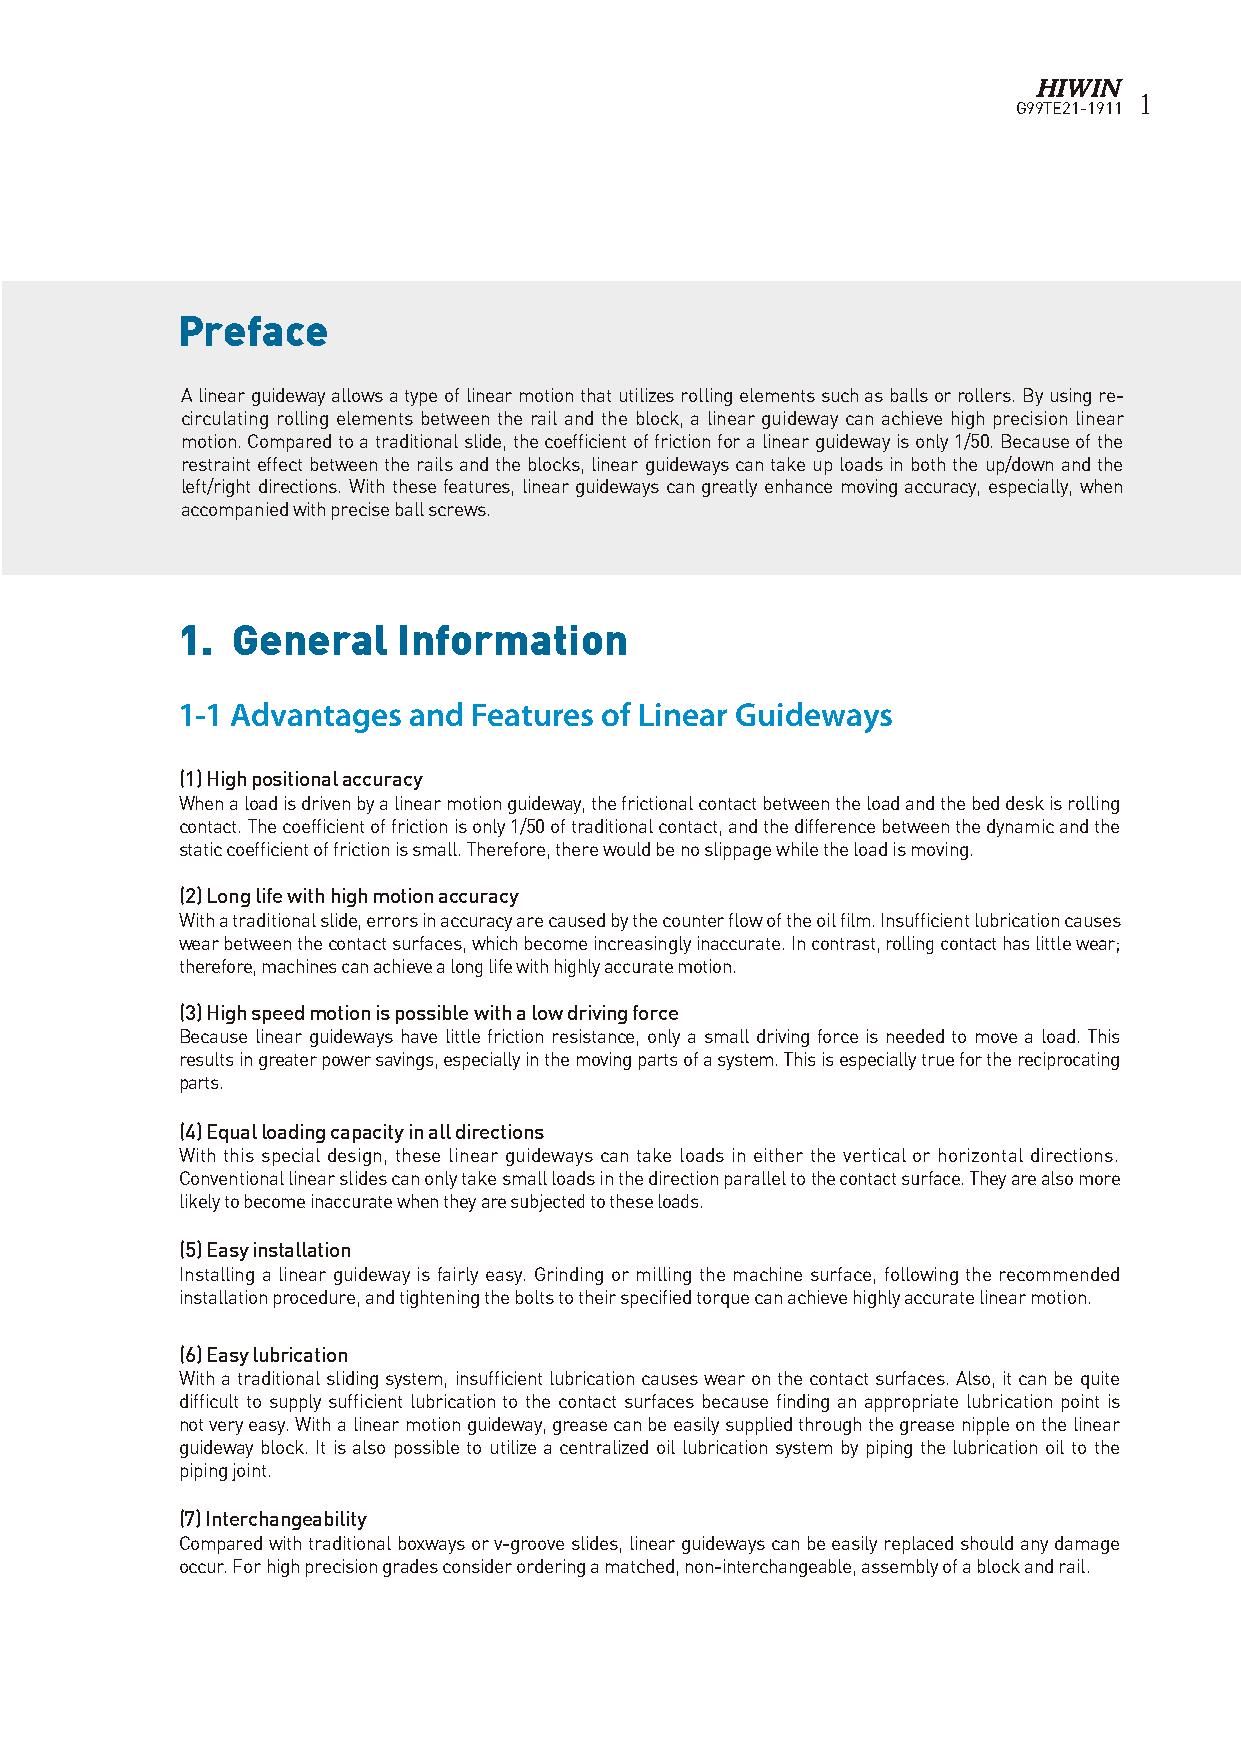
1
 G99TE21-1911
 Preface
 A linear guideway allows a type of linear motion that utilizes rolling elements such as balls or rollers. By using re-
 circulating rolling elements between the rail and the block, a linear guideway can achieve high precision linear
 motion. Compared to a traditional slide, the coefficient of friction for a linear guideway is only 1/50. Because of the
 restraint effect between the rails and the blocks, linear guideways can take up loads in both the up/down and the
 left/right directions. With these features, linear guideways can greatly enhance moving accuracy, especially, when
 accompanied with precise ball screws.
 1. General    Information
 1-1 Advantages and Features of Linear Guideways
 (1) High positional accuracy
 When a load is driven by a linear motion guideway, the frictional contact between the load and the bed desk is rolling
 contact. The coefficient of friction is only 1/50 of traditional contact, and the difference between the dynamic and the
 static coefficient of friction is small. Therefore, there would be no slippage while the load is moving.
 (2) Long life with high motion accuracy
 With a traditional slide, errors in accuracy are caused by the counter flow of the oil film. Insufficient lubrication causes
 wear between the contact surfaces, which become increasingly inaccurate. In contrast, rolling contact has little wear;
 therefore, machines can achieve a long life with highly accurate motion.
 (3) High speed motion is possible with a low driving force
 Because linear guideways have little friction resistance, only a small driving force is needed to move a load. This
 results in greater power savings, especially in the moving parts of a system. This is especially true for the reciprocating
 parts.
 (4) Equal loading capacity in all directions
 With this special design, these linear guideways can take loads in either the vertical or horizontal directions.
 Conventional linear slides can only take small loads in the direction parallel to the contact surface. They are also more
 likely to become inaccurate when they are subjected to these loads.
 (5) Easy installation
 Installing a linear guideway is fairly easy. Grinding or milling the machine surface, following the recommended
 installation procedure, and tightening the bolts to their specified torque can achieve highly accurate linear motion.
 (6) Easy lubrication
 With a traditional sliding system, insufficient lubrication causes wear on the contact surfaces. Also, it can be quite
 difficult to supply sufficient lubrication to the contact surfaces because finding an appropriate lubrication point is
 not very easy. With a linear motion guideway, grease can be easily supplied through the grease nipple on the linear
 guideway block. It is also possible to utilize a centralized oil lubrication system by piping the lubrication oil to the
 piping joint.
 (7) Interchangeability
 Compared with traditional boxways or v-groove slides, linear guideways can be easily replaced should any damage
 occur. For high precision grades consider ordering a matched, non-interchangeable, assembly of a block and rail.